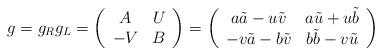
LaTeX: \begin{align*}g=g_R g_L=\left( \begin{array}{cc} A & U \\-V & B \end{array} \right)=\left( \begin{array}{cc} a\tilde{a}-u\tilde{v}& a\tilde{u}+u\tilde{b} \\-v\tilde{a}-b\tilde{v} & b\tilde{b}-v\tilde{u} \end{array} \right)\end{align*}